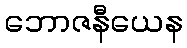
ဘောဇနီယေန